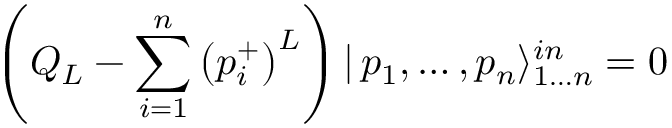
\left( Q _ { L } - \sum _ { i = 1 } ^ { n } \left( p _ { i } ^ { + } \right) ^ { L } \right) | \, p _ { 1 } , \dots , p _ { n } \rangle _ { 1 \dots n } ^ { i n } = 0